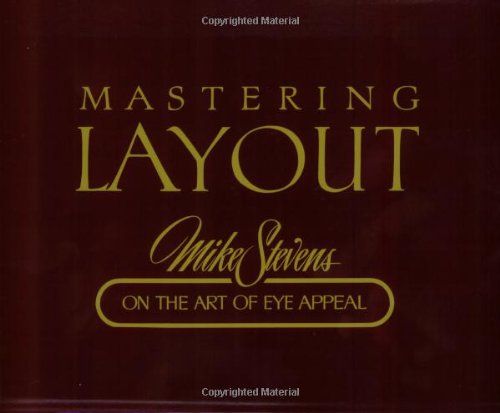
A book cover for Mastering Layout: On the Art of Eye Appeal; Mike Stevens; Arts & Photography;